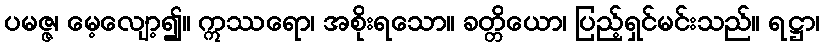
ပမဇ္ဇ၊ မေ့လျော့၍။ ဣဿရော၊ အစိုးရသော။ ခတ္တိယော၊ ပြည့်ရှင်မင်းသည်။ ရဋ္ဌာ၊